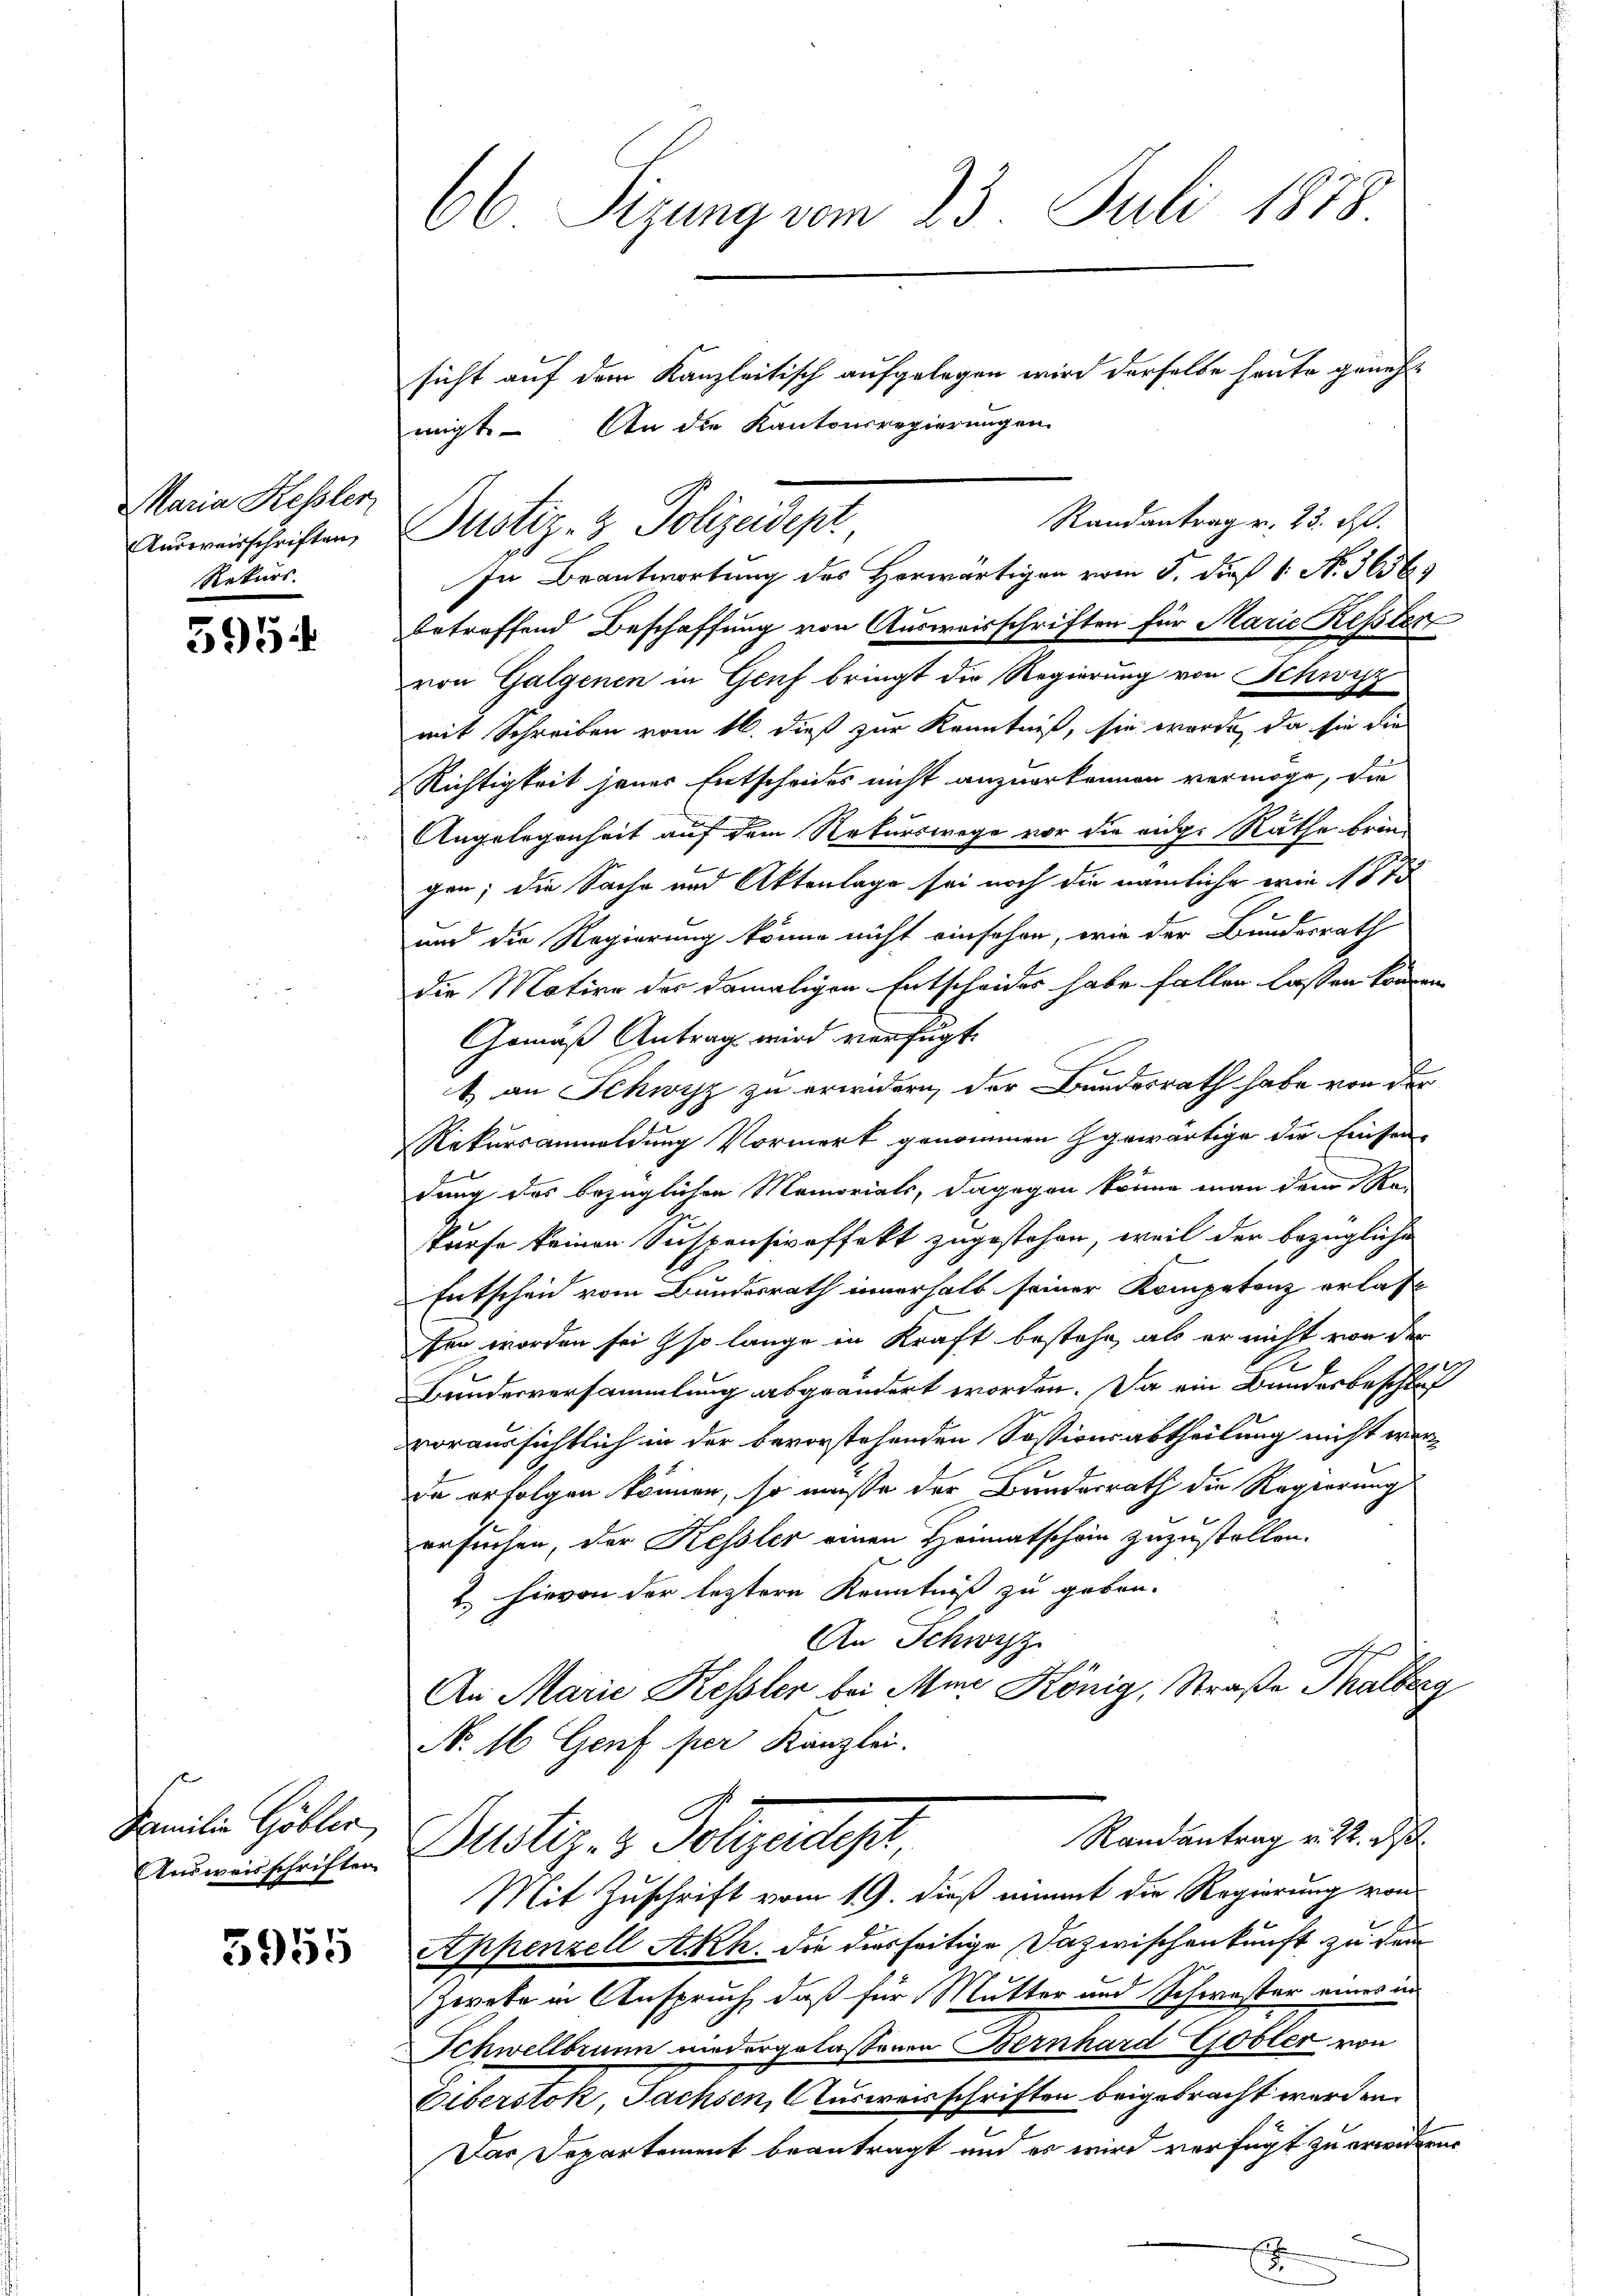
Maria Kessler,
Aŭsweisschriften,
Rekurs.

595.

Familie Göbler
AAusweisschriften

5955

66 Sizung vom 23. Juli 1878

sicht auf dem Kanzleitisch aufgelegen wird derselbe heute geneh¬
In Beantwortung des Horwärtiger vom 5. dieß 1 N. 36565
betreffend Beschaffung von Ausweisschriften für Marie Kessler
von Galgenen in Genf bringt die Regierung von Schwyz
mit Schreiben vom 16. dieß zur Kenntniß, sie wurde, da sie die
Richtigkeit jener Entscheides nicht anzuerkennen vermöge, die
Angelegenheit auf dem Rekurswege vor die aug. Räthe bringen; die Sache und Aktenlage sei noch die nämliche wie 1875
und die Regierung könne nicht einschen, wie der Bundesrath
Die Motive der damaligen Entscheides habe fallen lassen können
Gemäß Antrag wird verfügt
t an Schwyz zu erwidern der Bundesrath habe von der
Rekursanmeldung Vormerk genommen gewärtige die Einsen-
dung des bezüglichen Memorials, dagegen könne man dem Re-
Purfe keinen Suspensiveffekt zugestehen, weil der bezügliche
Entscheid vom Bundesrath innerhalb seiner Kompetenz erlas
fen worden sei so lange in Kraft bestehe, als er nicht von der
.
Bundesversammlung abgeändert worden. Da ein Bundesbeschlaf
voraussichtlich in der bevorstehenden Sostionsabtheilung nicht werde erfolgen können, so müsse der Bundesrath die Regierung
ersuchen, der Kessler einen Heimatschein zuzustellen.
2. Hievon der leztere Kenntniß zu geben.
An Schwyz
An Marie Kessler bei Mine König, Straße Thalberg
No. 16 Genf per Kanzlei.
Randantrag v. 22. ds.
Dustiz- & Polizeidigt
Mit Zuschrift vom 19. dieß womit die Regierung von
Appenzell Akh. die diesseitige Dazwischenkunft zu dem
zwete in Anspruch, daß für Mutter und Schwester eines in
Schwellbrunn niedergelassenen Bernhard Gobler von
Eiberstok, Sachsen, Ausweisschriften beigebracht werden.
Das Departement beantragt und es wird verfügt zu erwidern.

migt. An die Kantonsregierungen
Randantrag v. 23. ds.
Dustiz- & Polizeidept.